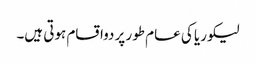
لیکوریا کی عام طور پر دواقسام ہوتی ہیں۔